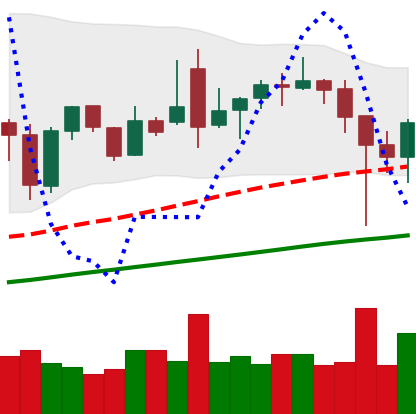
Ticker: BNB-USD
Chart end date: 2021-12-06
Forward return: -4.231%
Label: down_3_5